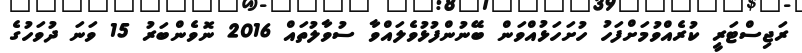
ރަޖިސްޓަރީ ކުރެއްވުމަށްފަހު ހުށަހަޅުއްވަން ބޭނުންފުޅުވެލައްވާ ސުވާލުތައް 2016 ނޮވެންބަރު 15 ވަނަ ދުވަހުގެ